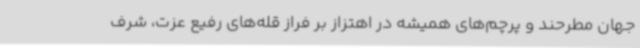
جهان مطرحند و پرچم‌های همیشه در اهتزاز بر فراز قله‌های رفیع عزت، شرف